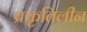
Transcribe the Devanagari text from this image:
प्रकृतिलीन